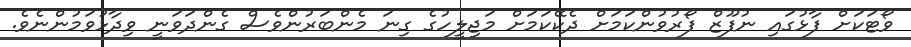
ވޯޓަކަށް ފާޅުގައި ނުފޫޒް ފޯރުވުންކަމަށް ދެކޭކަމަށް މަޖިލީހުގެ ގިނަ މެންބަރުންވެސް ގެންދަވަނީ ވިދާޅުވަމުންނެވެ.